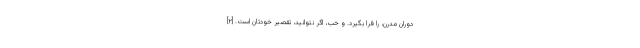
دوران مدرن، را فرا بگیرد. و خب، اگر نتوانید، تقصیر خودتان است. [۲]